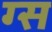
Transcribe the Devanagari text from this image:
ग्स